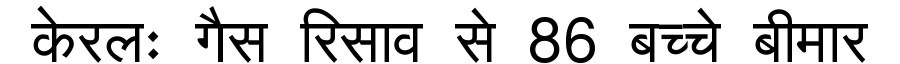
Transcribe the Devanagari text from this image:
केरलः गैस रिसाव से 86 बच्चे बीमार